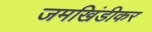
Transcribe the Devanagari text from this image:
जमखिंडीकर